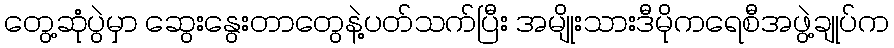
တွေ့ဆုံပွဲမှာ ဆွေးနွေးတာတွေနဲ့ပတ်သက်ပြီး အမျိုးသားဒီမိုကရေစီအဖွဲ့ချုပ်က